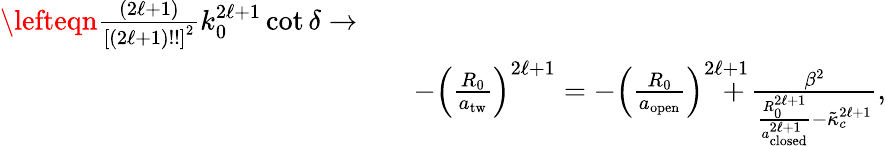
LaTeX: \begin{array}{rlr}{\lefteqn{\frac{(2\ell+1)}{\left[(2\ell+1)!!\right]^{2}}k_{0}^{2\ell+1}\cot\delta\rightarrow}}\\ &{}&{-\left(\frac{R_{0}}{a_{\mathrm{tw}}}\right)^{2\ell+1}=-\left(\frac{R_{0}}{a_{\mathrm{open}}}\right)^{2\ell+1}\! \! \! \! \! \! \! +\frac{\beta^{2}}{\frac{R_{0}^{2\ell+1}}{a_{\mathrm{closed}}^{2\ell+1}}-\tilde{\kappa}_{c}^{2\ell+1}},}\end{array}